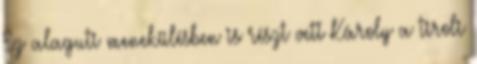
Ez alaguti menekülésben is részt vett Károly a tiroli